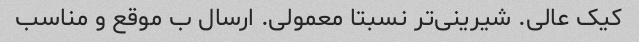
کیک عالی. شیرینی‌تر نسبتا معمولی. ارسال ب موقع و مناسب